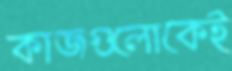
কাজগুলোকেই